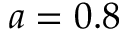
a = 0 . 8